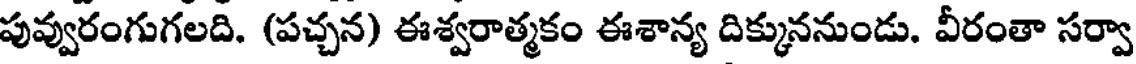
పువ్వురంగుగలది. (పచ్చన) ఈశ్వరాత్మకం ఈశాన్య దిక్కుననుండు. వీరంతా సర్వా